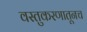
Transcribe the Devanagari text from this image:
वस्तुकरणातूनच